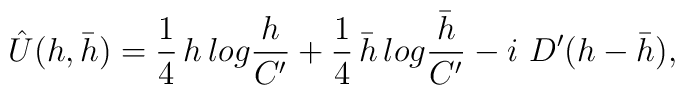
\hat U(h,\bar h)={1 \over 4}\,h \,log {h \over C ' } + {1 \over4}\,\bar h \,log {\bar h \over C' }-i\ D'  (h-\bar h),